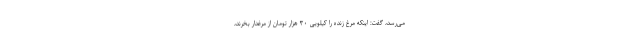
می‌رسد، گفت: اینکه مرغ زنده را کیلویی ۳۰ هزار تومان از مرغدار بخرند،